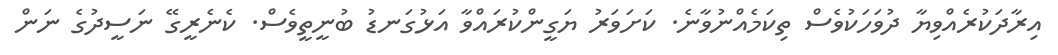
އިރާދަކުރެއްވިޔާ ދުވަހަކުވެސް ތިކަމެއްނުވާނެ. ކަށަވަރު ޔަގީންކުރައްވާ އަޅުގަނޑު ބުނީތީވެސް. ކެނެރީގޭ ނަސީދުގެ ނަން